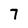
Character: 7